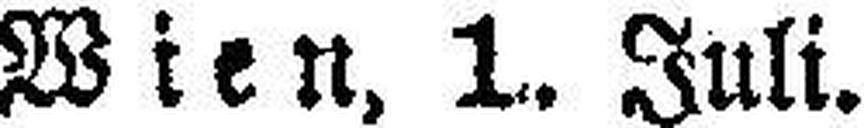
Wien, 1. Juli.